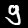
Digit: 9